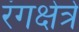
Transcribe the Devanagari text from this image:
रंगक्षेत्रे